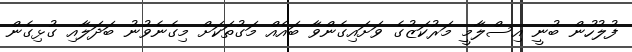
ފުލުހުން ބުނީ އިސްލާމީ މަރުކަޒުގެ ވަށައިގެންވާ ބައެއް މަގުތަކަށް މިގެނެވުނު ބަދަލާއި ގުޅިގެން